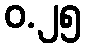
ဝ.၂၅